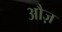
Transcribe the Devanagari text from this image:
औज़